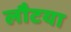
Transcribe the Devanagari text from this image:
लौटया